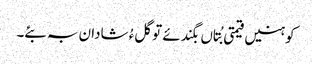
کوہنیں قیمتی بُتاں بگندئے تو گلءُ شادان بہ بئے۔